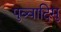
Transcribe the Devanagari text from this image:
पुव्वादिसु